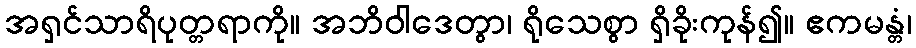
အရှင်သာရိပုတ္တရာကို။ အဘိဝါဒေတွာ၊ ရိုသေစွာ ရှိခိုးကုန်၍။ ဧကမန္တံ၊